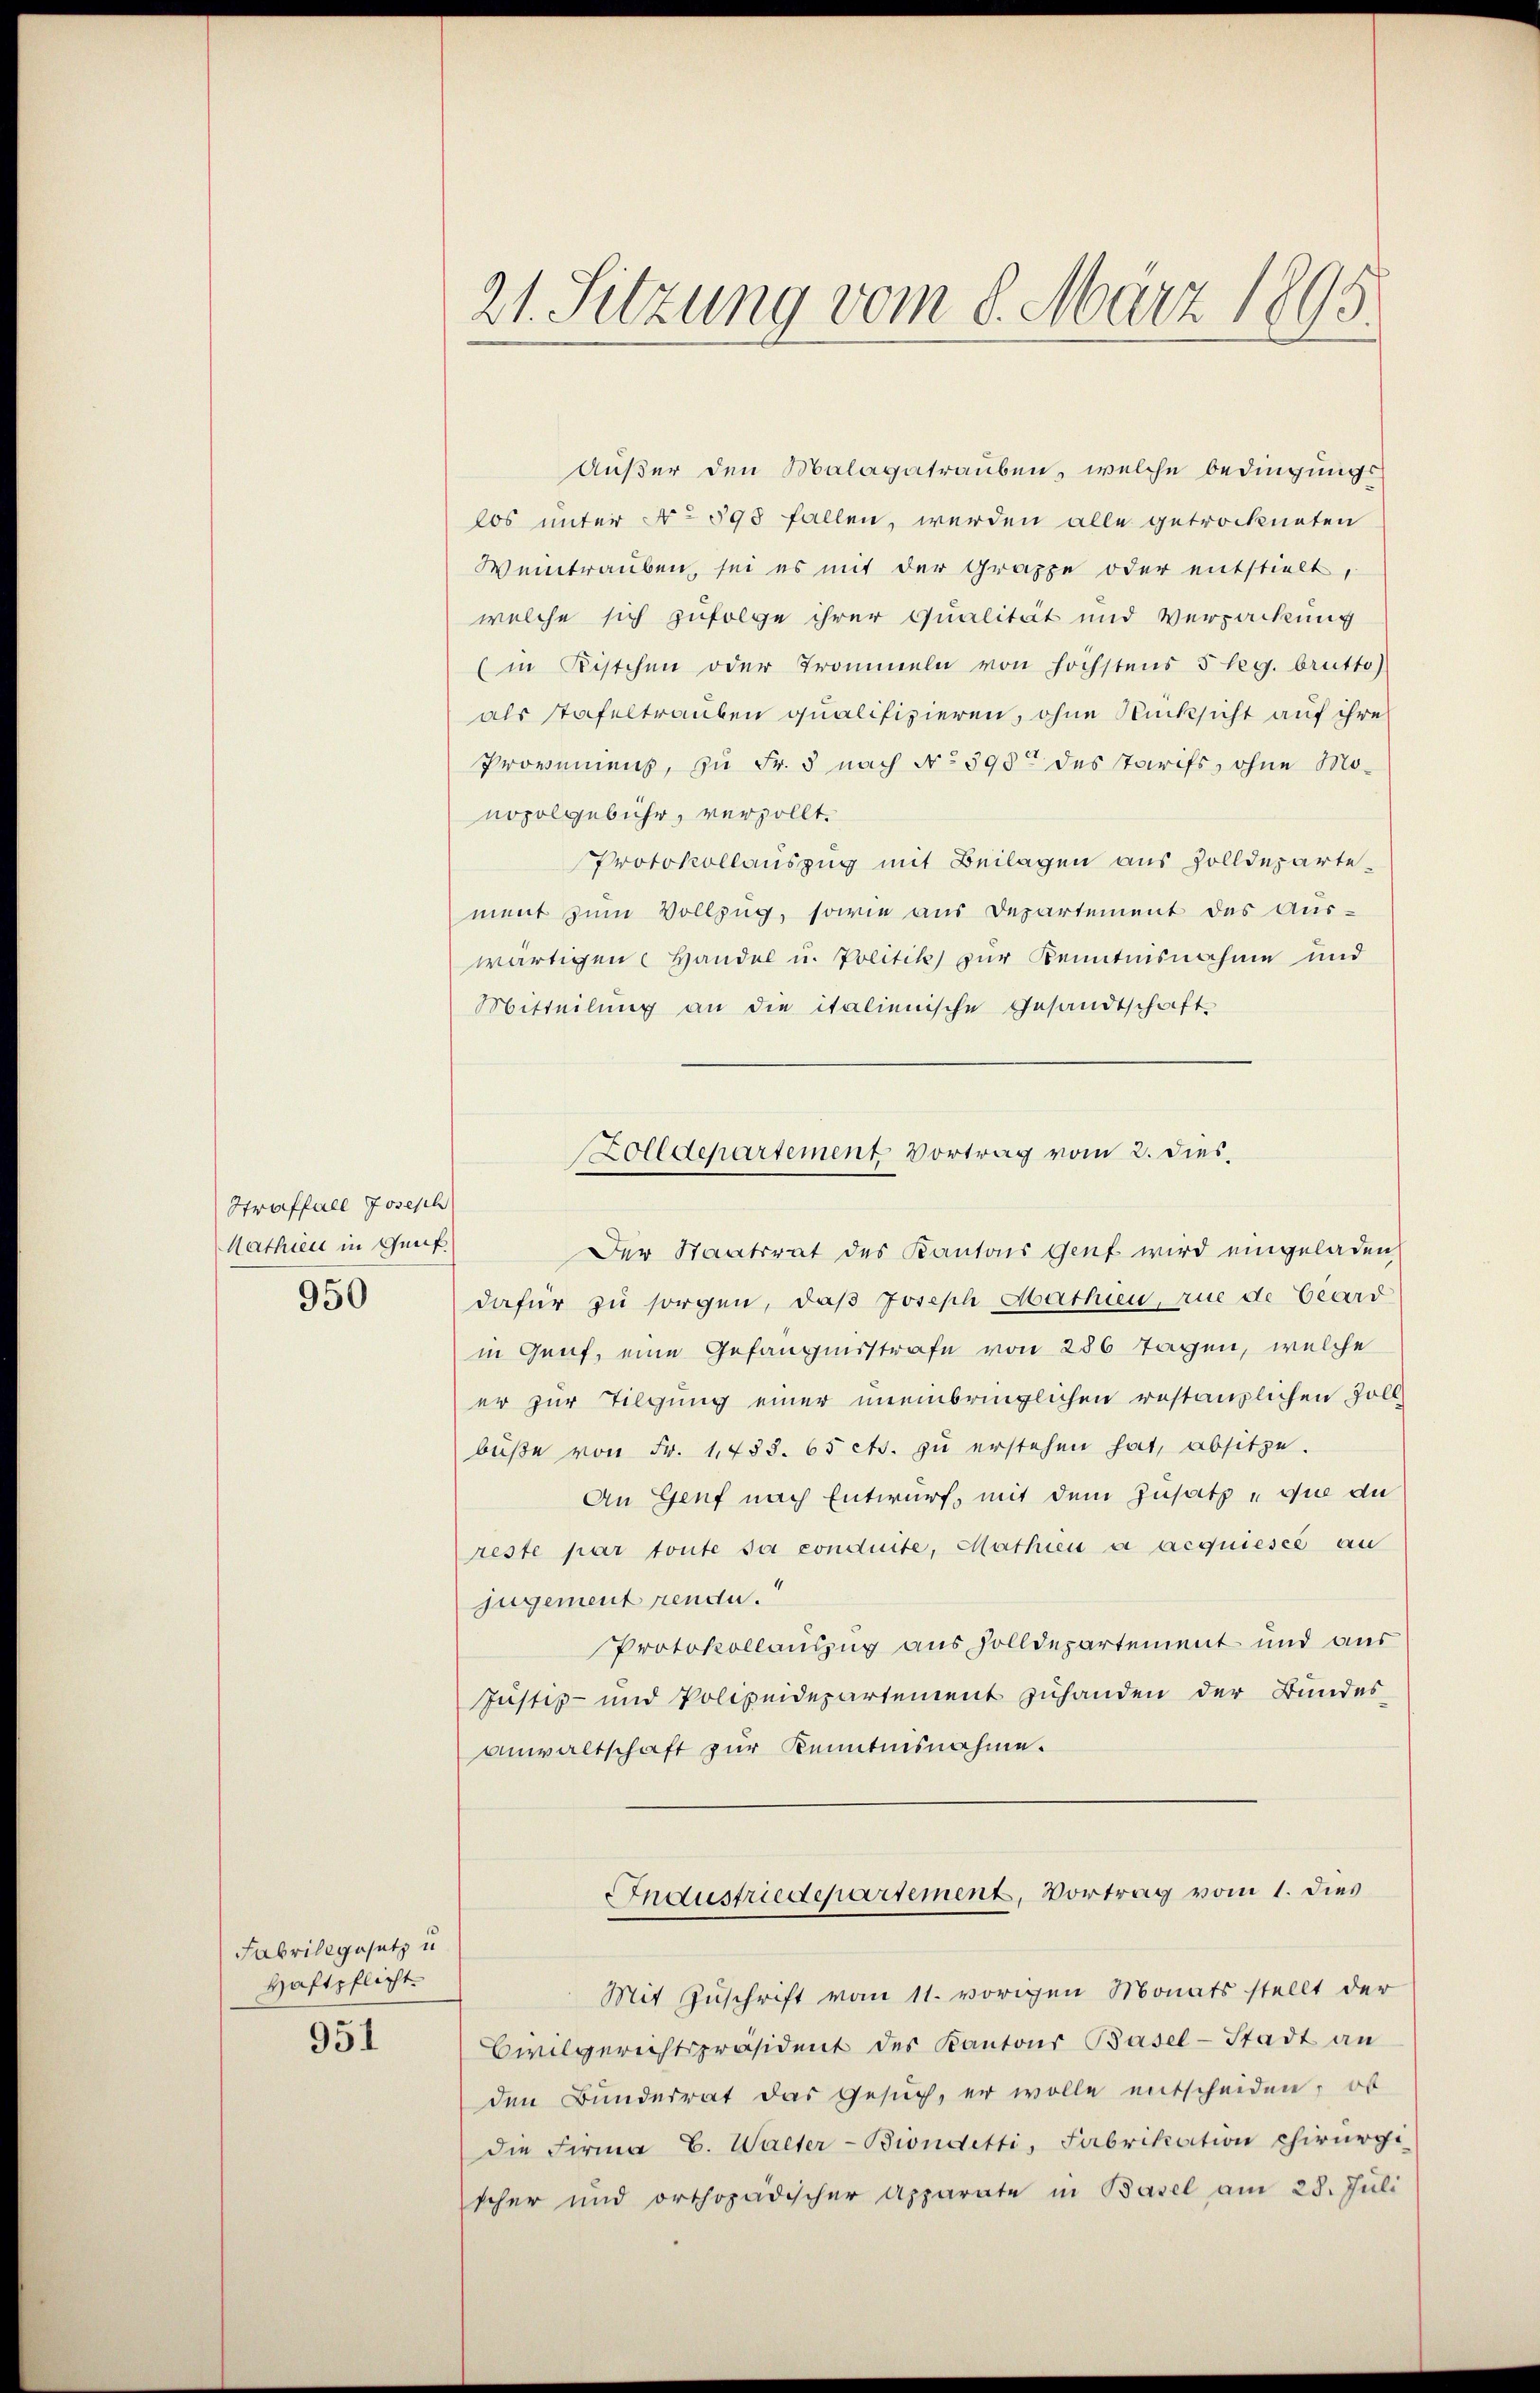
Straffall Joseph
Mathien in Genf.
950

Außer den Malagatrauben, welche bedingungs
los unter No 593 fallen, werden alle getrockneten
Weintrauben, sei es mit der Gruppe oder entstielt,
welche sich zufolge ihrer Qualität und Verpackung
(in Kistchen oder Trommeln von höchstens 5 leg. brutto)
als stafeltrauben qualifizieren, ohne Rücksicht auf ihre
Provenens, zu Fr. 5 nach No 398 des Tarifs, ohne Monoholgebühr, versollt.
Protokollauszug mit Beilagen aus Zolldepartement zum Vollzug, sowie aus Departement des Auswärtigen Handel u. Politik zur Kenntnisnahme und
Mitteilung an die italienische Gesandtschaft
Der Staatsrat des Kantons Genf wird eingeladen
dafür zu sorgen, daß Joseph Mathien, rue de beard
in Genf, eine Gefängnisstrafe von 286 Tagen, welche
er zur Tilgung einer uneinbringlichen restanzlichen Zollbüβe von Fr. 1783. 65 cts. zu erstehen hat, absitze.
An Genf nach Entwurf, mit dem Zusatz que du
reste par toute sa conduite, Mathien a acquieses au
jugement rendu.
Protokollauszug aus solldepartement und aus
Justiz- und Polizeidepartement zuhanden der Bundes-
Anwaltschaft zur Kenntnisnahme.
Industriedepartement, Vortrag vom 1. dies
Mit Zuschrift vom 11. vorigen Monats stellt der
Civilgerichtspräsident des Kantons Basel-Stadt an
den Bundesrat das Gesuch, er wolle entscheiden, ob
die Firma C. Walter-Biondetti, Fabrikation chirurgi
scher und orthopädischer Apparate in Basel am 28. Juli

Fabrikgesetz u
Haftpflicht.

951

21. Sitzung vom 8. März 1895.

Zolldepartement Vortrag vom 2. dies